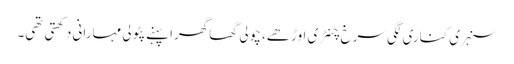
سنہری کناری لگی سرخ چنٹری اوڑھے، چولی گھاگھرا پہنے پٹولی مہارانی دِکھتی تھی۔